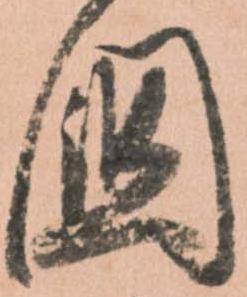
国